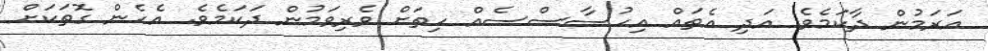
އަރަމުން ދާކަމެވެ. އަދި އެތައް އިހުސާސްސެއް ހިތަށް ވެރިވަމުން ދަކަމެވެ. އެހެން ގޮތަކަށް